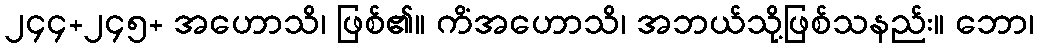
၂၄၄+၂၄၅+ အဟောသိ၊ ဖြစ်၏။ ကိံအဟောသိ၊ အဘယ်သို့ဖြစ်သနည်း။ ဘော၊